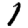
Digit: 1